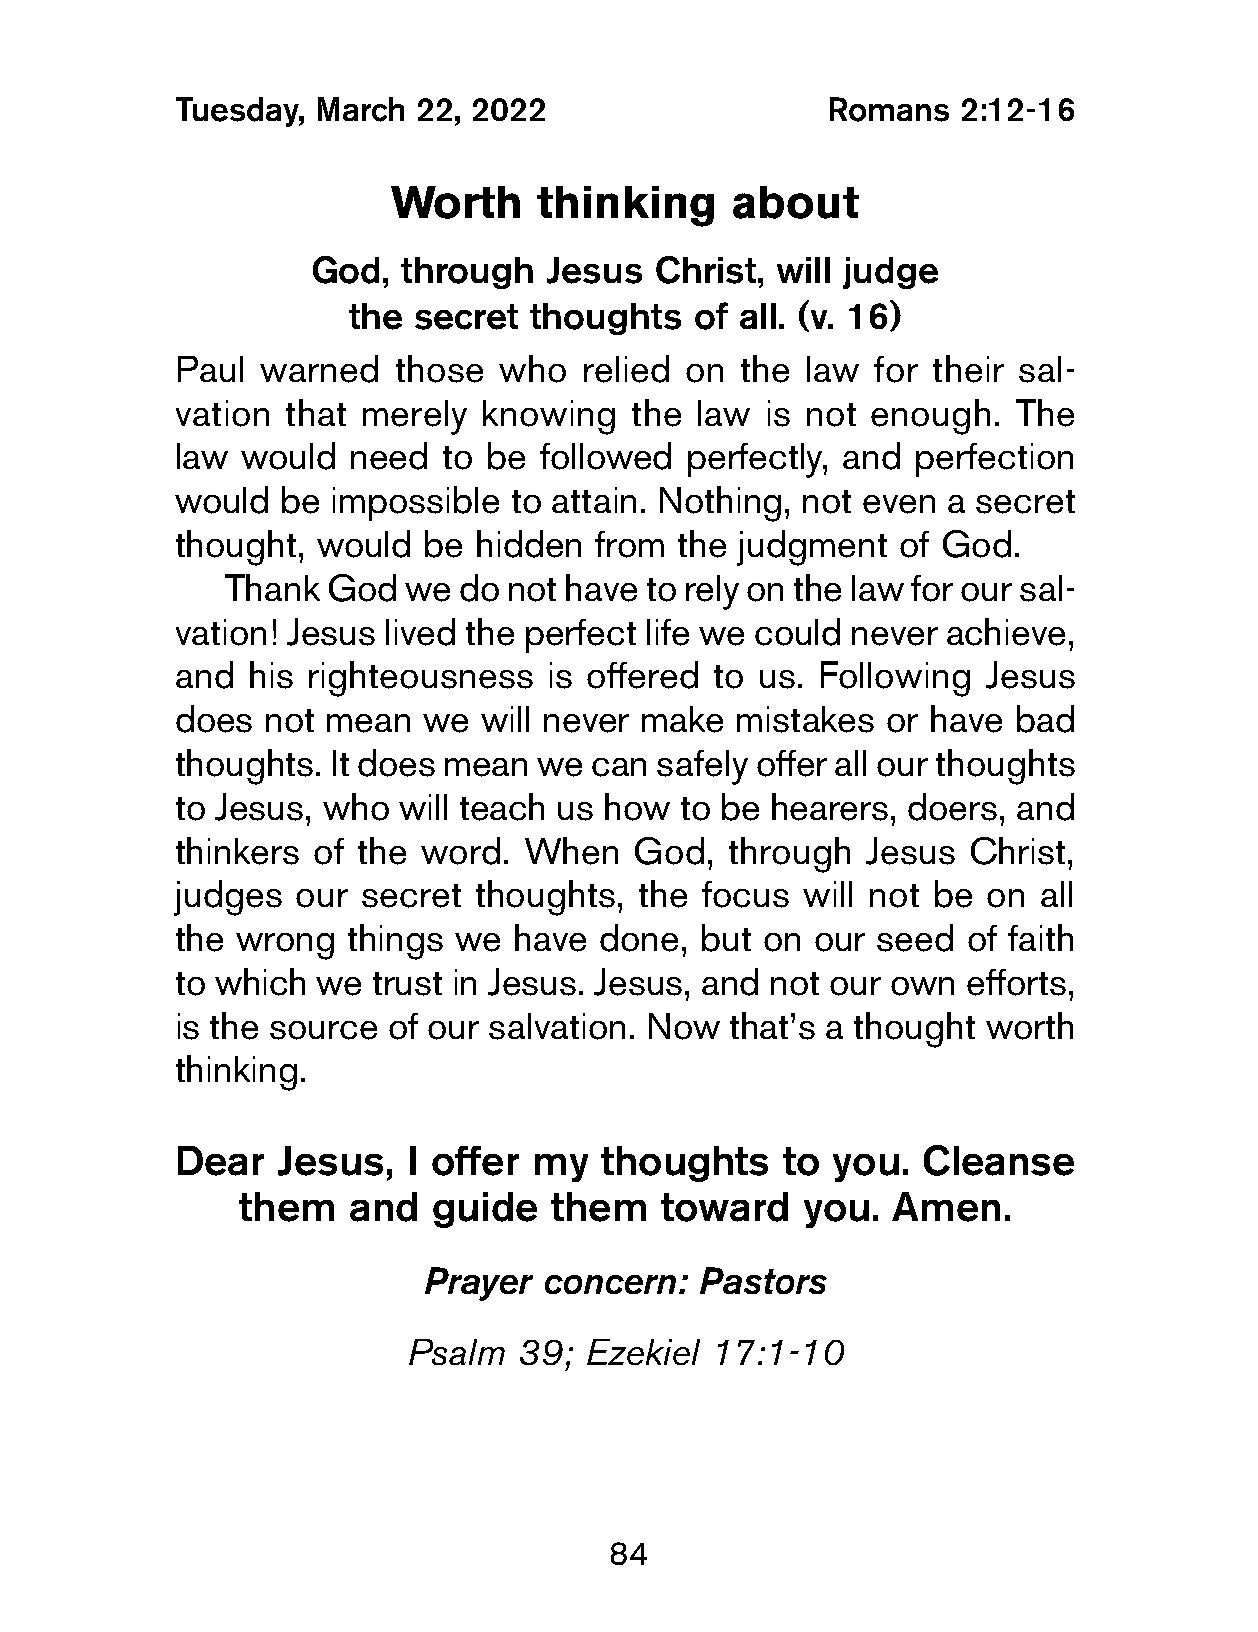
Tuesday,  March  22, 2022                   Romans  2:12-16
 Worth    thinking     about
 God,   through  Jesus  Christ, will judge
 the secret  thoughts   of all. (v. 16)
 Paul  warned   those  who  relied on  the law  for their sal-
 vation  that merely  knowing   the law  is not enough.  The
 law  would  need  to be  followed perfectly, and perfection
 would  be  impossible  to attain. Nothing, not even a secret
 thought,  would  be hidden  from  the judgment  of God.
 Thank  God  we do not have  to rely on the law for our sal-
 vation! Jesus lived the perfect life we could never achieve,
 and  his righteousness   is offered to us. Following  Jesus
 does  not mean   we  will never make  mistakes  or have bad
 thoughts.  It does mean we  can safely offer all our thoughts
 to Jesus, who  will teach us how  to be hearers, doers, and
 thinkers  of the word.  When   God,  through  Jesus  Christ,
 judges   our secret thoughts,  the focus  will not be on  all
 the  wrong  things we  have  done, but on  our seed  of faith
 to which  we  trust in Jesus. Jesus, and not our own efforts,
 is the source  of our salvation. Now that’s a thought worth
 thinking.
 Dear   Jesus,   I offer my   thoughts    to you.  Cleanse
 them   and  guide   them    toward   you.  Amen.
 Prayer  concern:  Pastors
 Psalm  39;  Ezekiel 17:1-10
 84